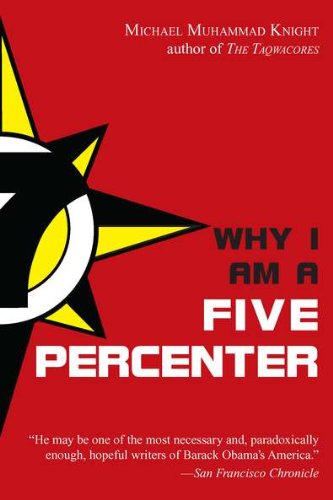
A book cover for Why I Am a Five Percenter; Michael Muhammad Knight; Religion & Spirituality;